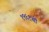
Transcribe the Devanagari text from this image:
१९६१ची